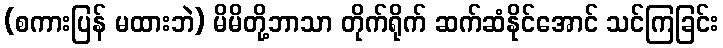
(စကားပြန် မထားဘဲ) မိမိတို့ဘာသာ တိုက်ရိုက် ဆက်ဆံနိုင်အောင် သင်ကြခြင်း